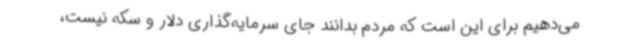
می‌دهیم برای این است که مردم بدانند جای سرمایه‌گذاری دلار و سکه نیست،